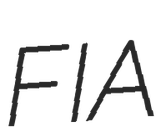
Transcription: FIA